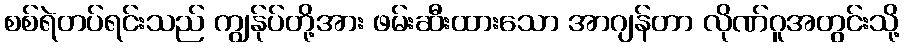
စစ်ရဲတပ်ရင်းသည် ကျွန်ုပ်တို့အား ဖမ်းဆီးထားသော အာဂျန်တာ လိုဏ်ဂူအတွင်းသို့